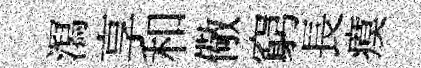
㵼享和儆窮長瘼